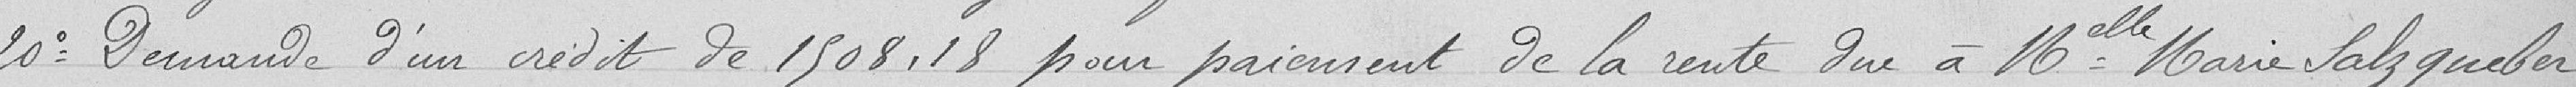
20° Demande d'un crédit de 1 508.18 pour paiement de la rente due à Mademoiselle Marie Salzgueber